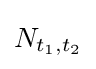
N_{t_{1},t_{2}}